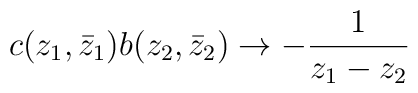
c(z_1,\bar z_1)b(z_2,\bar z_2)\rightarrow -\frac{1}{z_1-z_2}